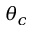
\theta _ { c }